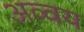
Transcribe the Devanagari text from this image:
अव्वय